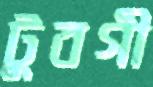
টুবগী